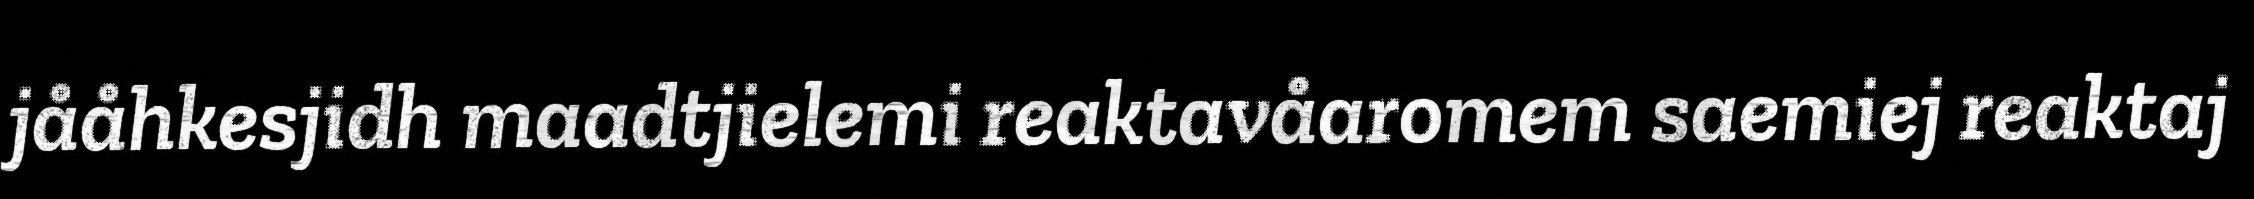
jååhkesjidh maadtjielemi reaktavåaromem saemiej reaktaj